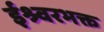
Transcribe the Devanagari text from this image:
ईश्र्वरभक्त